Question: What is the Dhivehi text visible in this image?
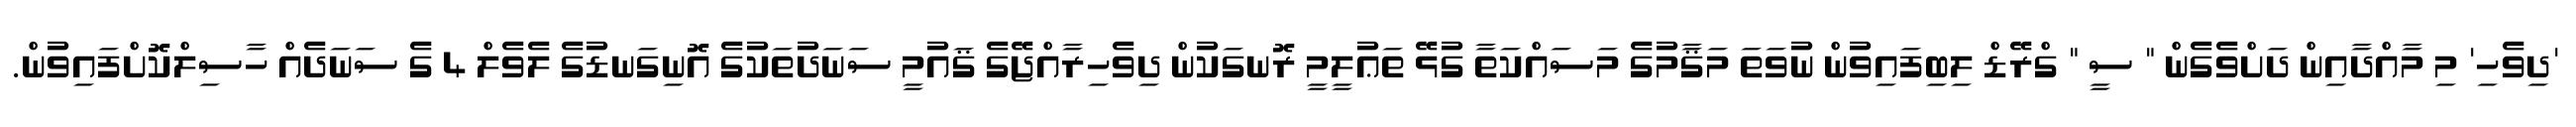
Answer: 'ދިވެހި' މި މާއްދާއިން ދަށްވެގެން " ސީ " ގްރޭޑް ލިބިފައިވުން ނުވަތަ މަޤާމުގެ މަސައްކަތާ ގުޅޭ ތަޢުލީމީ ރޮނގަކުން ދިވެހިރާއްޖޭގެ ޤައުމީ ސަނަދުތަކުގެ އޮނިގަނޑުގެ ލެވެލް 4 ގެ ސަނަދެއް ހާސިލްކޮށްފައިވުން.